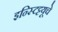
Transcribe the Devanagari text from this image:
इन्स्टिट्टयूचे